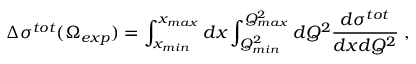
\Delta \sigma ^ { t o t } ( \Omega _ { e x p } ) = \int _ { x _ { m i n } } ^ { x _ { m a x } } d x \int _ { Q _ { m i n } ^ { 2 } } ^ { Q _ { m a x } ^ { 2 } } d Q ^ { 2 } \frac { d \sigma ^ { t o t } } { d x d Q ^ { 2 } } \; ,